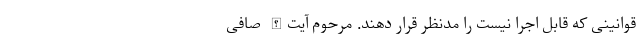
قوانینی که قابل اجرا نیست را مدنظر قرار دهند. مرحوم آیت‌الله صافی